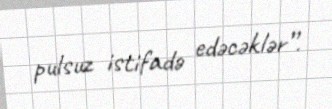
pulsuz istifadə edəcəklər”.